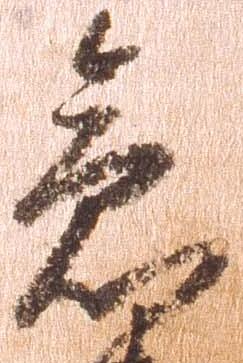
急